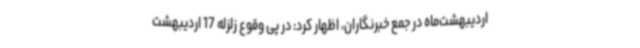
اردیبهشت‌ماه در جمع خبرنگاران، اظهار کرد: در پی وقوع زلزله 17 اردیبهشت